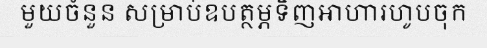
មួយចំនួន សម្រាប់ឧបត្ថម្ភទិញអាហារហូបចុក